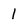
Character: 1